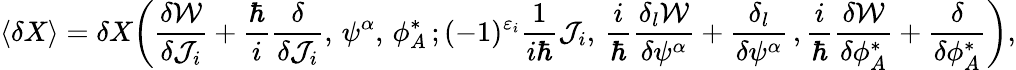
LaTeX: \langle\delta X\rangle=\delta X\bigg(\frac{\delta{\cal W}}{\delta{\cal J}_{i}}+\frac{\hbar}{i}\frac{\delta}{\delta{\cal J}_{i}},\, \psi^{\alpha},\, \phi_{A}^{*}\, ;(-1)^{\varepsilon_{i}}\frac{1}{i\hbar}{\cal J}_{i},\, \frac{i}{\hbar}\frac{\delta_{l}{\cal W}}{\delta\psi^{\alpha}}+\frac{\delta_{l}}{\delta\psi^{\alpha}}\, ,\frac{i}{\hbar}\frac{\delta{\cal W}}{\delta\phi_{A}^{*}}+\frac{\delta}{\delta\phi_{A}^{*}}\bigg),